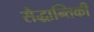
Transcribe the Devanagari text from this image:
सैद्धान्तिकी